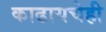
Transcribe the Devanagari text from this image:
काढायचेही